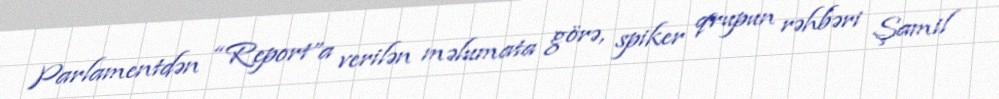
Parlamentdən “Report”a verilən məlumata görə, spiker qrupun rəhbəri Şamil